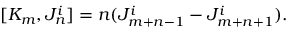
[ K _ { m } , J _ { n } ^ { i } ] = n ( J _ { m + n - 1 } ^ { i } - J _ { m + n + 1 } ^ { i } ) .